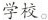
学校。